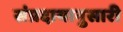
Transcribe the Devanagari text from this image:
संप्रदायानुसारी